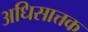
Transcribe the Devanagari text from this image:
अधिसात्तक